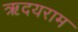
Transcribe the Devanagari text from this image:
ऋदयराम